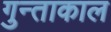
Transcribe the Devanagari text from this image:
गुन्ताकाल